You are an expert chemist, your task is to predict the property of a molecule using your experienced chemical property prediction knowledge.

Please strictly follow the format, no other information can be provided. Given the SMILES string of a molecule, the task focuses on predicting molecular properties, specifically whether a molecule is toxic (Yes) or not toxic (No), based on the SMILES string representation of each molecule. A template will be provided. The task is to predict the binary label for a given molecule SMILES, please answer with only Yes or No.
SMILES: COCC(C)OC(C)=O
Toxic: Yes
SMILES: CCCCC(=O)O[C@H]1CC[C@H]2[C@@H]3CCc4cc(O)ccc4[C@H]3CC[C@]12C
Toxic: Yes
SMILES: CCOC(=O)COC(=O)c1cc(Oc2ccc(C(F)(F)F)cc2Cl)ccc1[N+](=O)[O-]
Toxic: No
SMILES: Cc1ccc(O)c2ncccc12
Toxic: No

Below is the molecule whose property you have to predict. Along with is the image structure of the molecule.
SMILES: COc1nn(C(=O)[N-]S(=O)(=O)c2ccccc2OC(F)(F)F)c(=O)n1C
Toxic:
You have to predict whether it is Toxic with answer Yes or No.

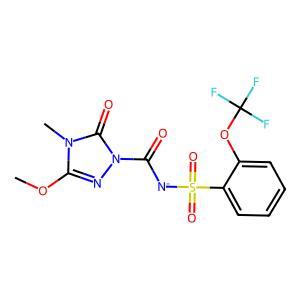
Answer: No